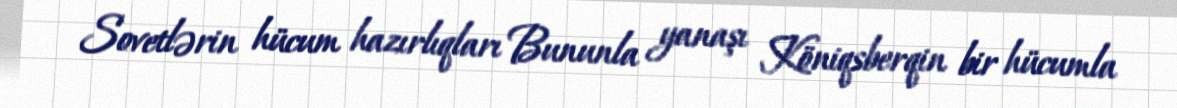
Sovetlərin hücum hazırlıqları Bununla yanaşı Köniqsberqin bir hücumla